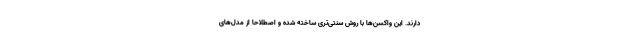
دارند. این واکسن‌ها با روش سنتی‌تری ساخته شده و اصطلاحا از مدل‌های